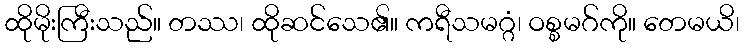
ထိုမိုးကြီးသည်။ တဿ၊ ထိုဆင်သေ၏။ ကရီသမဂ္ဂံ၊ ဝစ္စမဂ်ကို။ တေမယိ၊